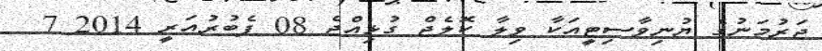
ޖަރުމަނުގެ ޔުނިވާސިޓީއަކާ ވިލާ ކޮލެޖް ގުޅިއްޖެ 08 ފެބުރުއަރީ 2014 7